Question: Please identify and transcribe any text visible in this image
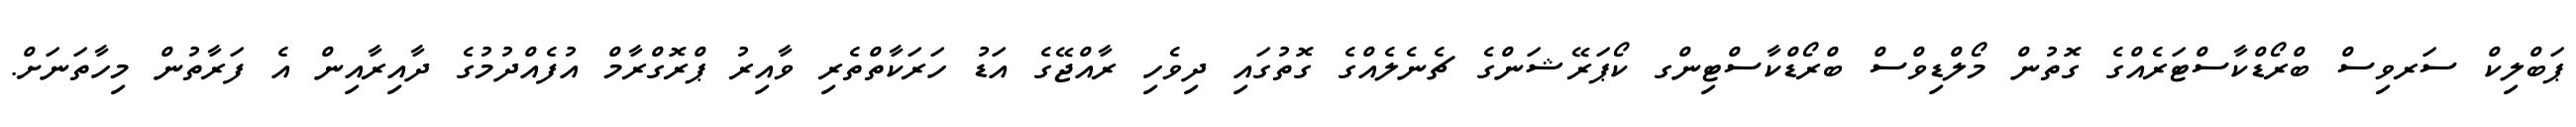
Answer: ޕަބްލިކް ސަރވިސް ބްރޯޑްކާސްޓަރެއްގެ ގޮތުން މޯލްޑިވްސް ބްރޯޑްކާސްޓިންގ ކޯޕަރޭޝަންގެ ޗެނެލެއްގެ ގޮތުގައި ދިވެހި ރާއްޖޭގެ އަޑު ހަރަކާތްތެރި ވާއިރު ޕްރޮގްރާމް އުފެއްދުމުގެ ދާއިރާއިން އެ ފަރާތުން މިހާތަނަށް.